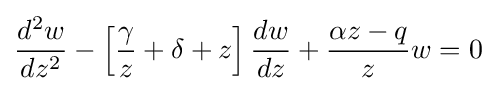
{\frac {d^{2}w}{dz^{2}}}-\left[{\frac {\gamma }{z}}+\delta +z\right]{\frac {dw}{dz}}+{\frac {\alpha z-q}{z}}w=0